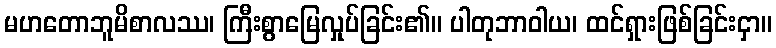
မဟတောဘူမိစာလဿ၊ ကြီးစွာမြေလှုပ်ခြင်း၏။ ပါတုဘာဝါယ၊ ထင်ရှားဖြစ်ခြင်းငှာ။